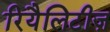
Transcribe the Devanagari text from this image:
रियैलिटीज़